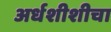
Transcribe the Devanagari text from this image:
अर्धशीशीचा